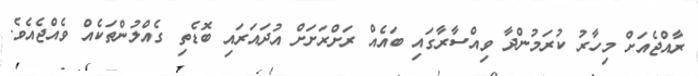
ރާއްޖެއަށް މިހާރު ކުރަމުންދާ ވިއްސާރާގައި ބައެއް ރަށްރަށަށް އުދައަރައި ބޮޑެތި ގެއްލުންތަކެއް ވެއްޖެއެވެ.